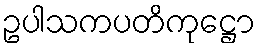
ဥပါသကပတိကုဋ္ဌော